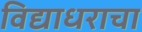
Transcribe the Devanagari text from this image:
विद्याधराचा